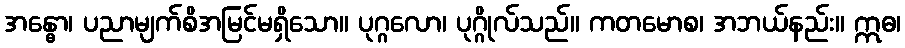
အန္ဓော၊ ပညာမျက်စိအမြင်မရှိသော။ ပုဂ္ဂလော၊ ပုဂ္ဂိုလ်သည်။ ကတမောစ၊ အဘယ်နည်း။ ဣဓ၊